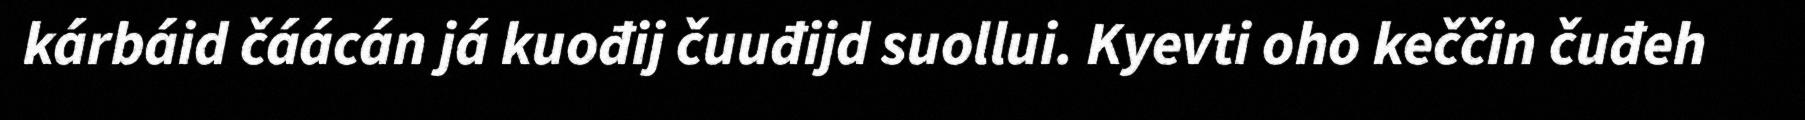
kárbáid čáácán já kuođij čuuđijd suollui. Kyevti oho keččin čuđeh